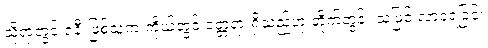
သို့ရာတွင် ဇနီးဖြစ်သူက ကိုယ့်တွင် ဝတ္တရားရှိသည်ဟု တိုက်တွန်း သဖြင့် လာခဲ့ရခြင်း